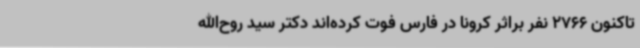
تاکنون 2766 نفر براثر کرونا در فارس فوت کرده‌اند دکتر سید روح‌الله